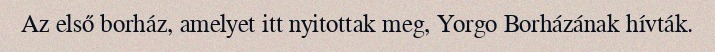
Az első borház, amelyet itt nyitottak meg, Yorgo Borházának hívták.